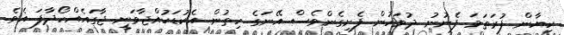
ކިޔާން ފުރަތަމަ ފެނުނު ދުވަހުން ފެށިގެންވެސް އޭނަގެ ހިތުން އެކުޑަކުއްޖާވަނީ ޖާގައެއްހޯދާފަ އެވެ.